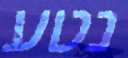
נטע